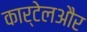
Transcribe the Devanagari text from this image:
कार्टेलऔर